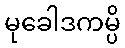
မုခေါဒကမ္ပိ